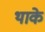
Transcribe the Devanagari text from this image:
थाके